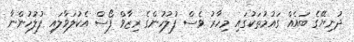
ދުނިޔޭގެ ބައެއް ގައުމުތަކުގައި މިހާރު ވެސް ފުލުހުންގެ ރިޒާވް ފޯސް އެކުލަވާލައި ފުލުހުންނާ